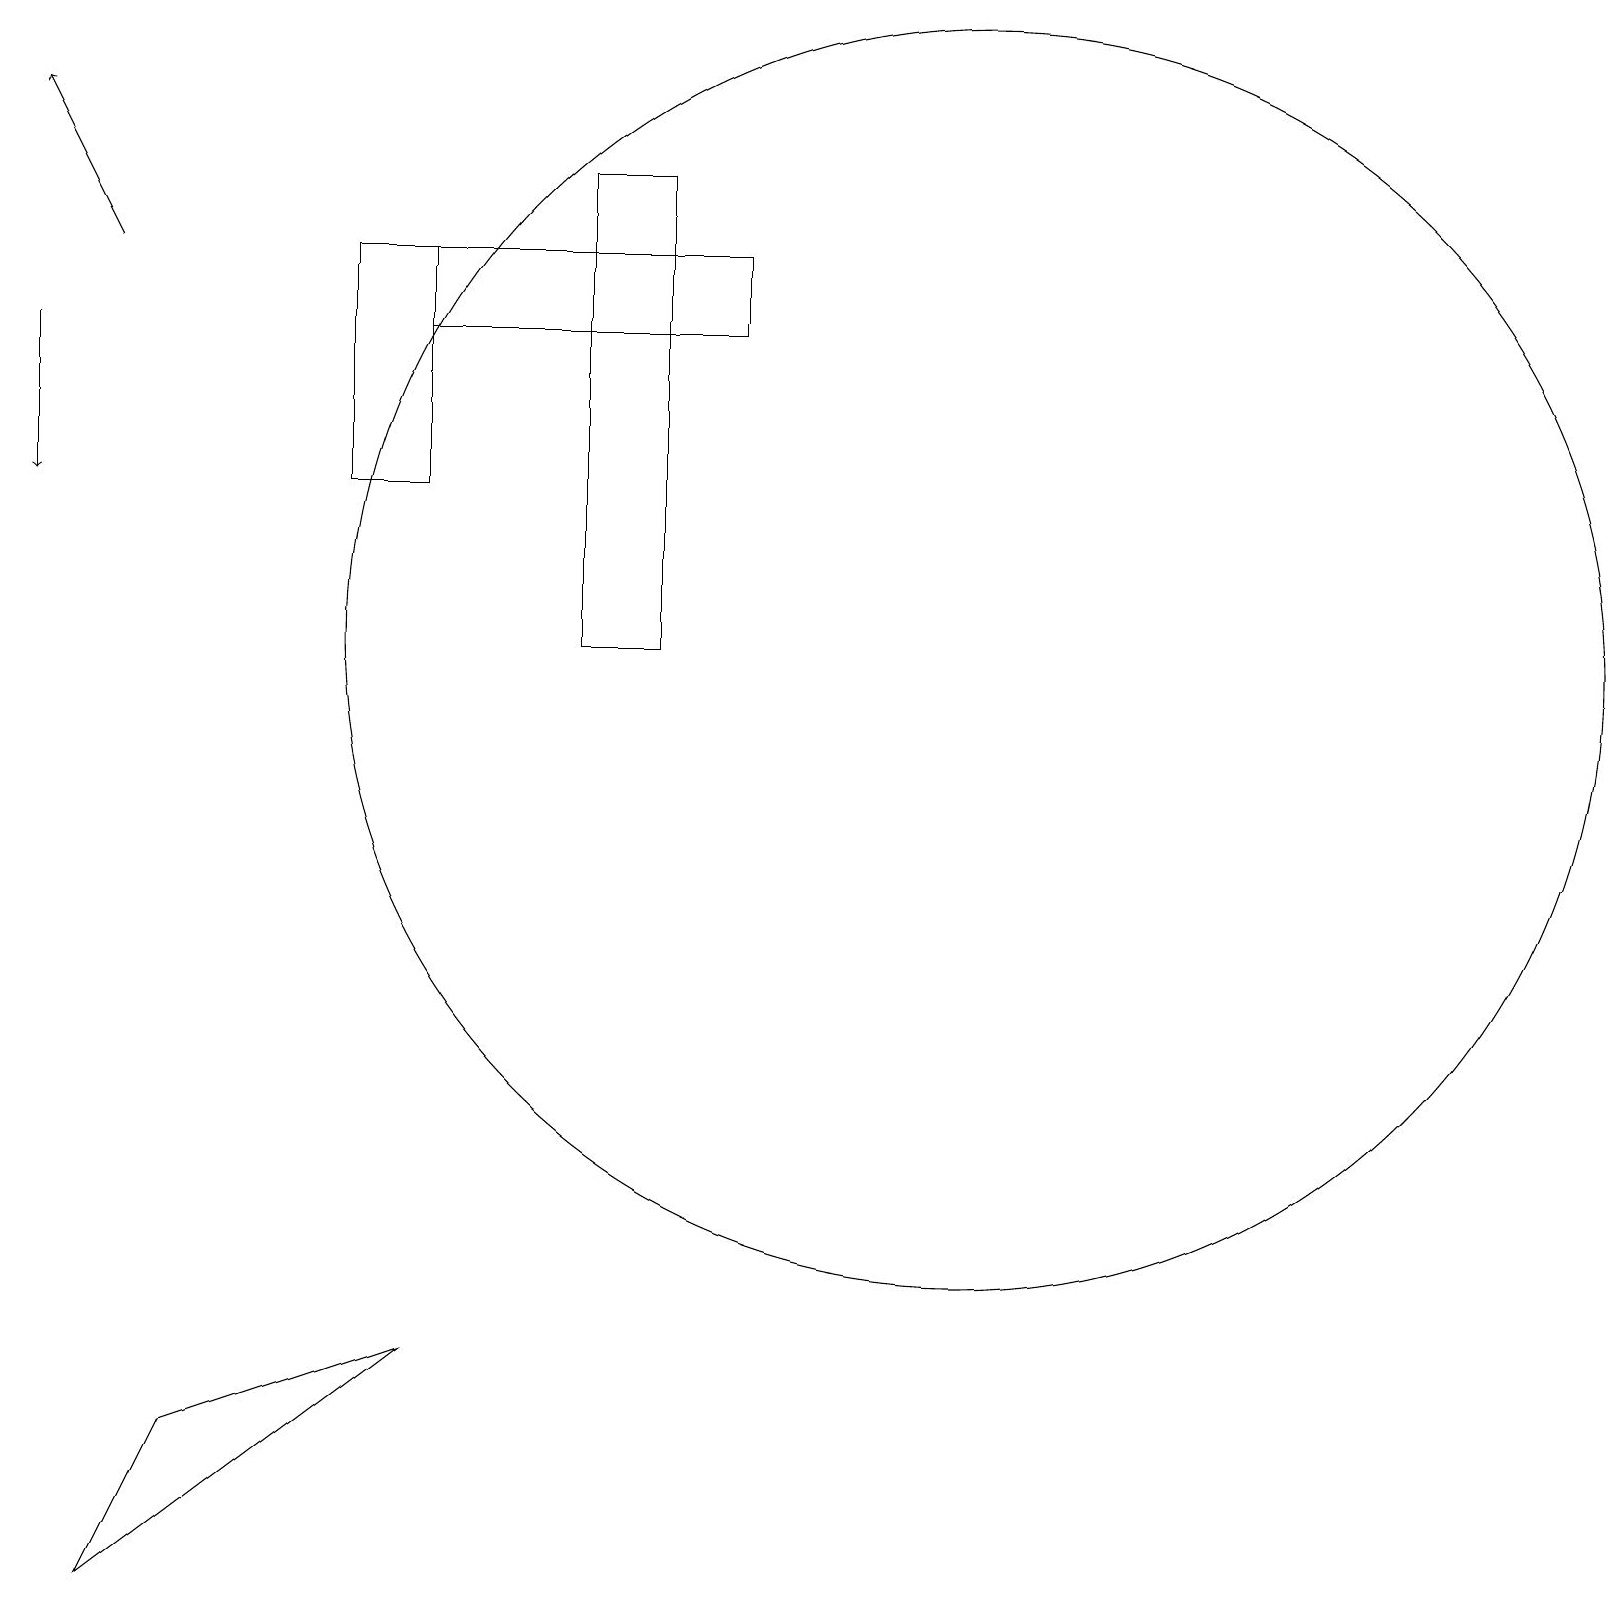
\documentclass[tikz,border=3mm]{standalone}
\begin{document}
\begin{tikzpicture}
\draw[->] (1,17) -- (0,19);
\draw (12,12) circle (8);
\draw (5,14) rectangle (4,17);
\draw (9,17) rectangle (5,16);
\draw (2,2) -- (1,0) -- (5,3) -- cycle;
\draw (8,12) rectangle (7,18);
\draw[->] (0,16) -- (0,14);
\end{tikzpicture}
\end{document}